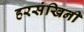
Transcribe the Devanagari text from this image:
हरसंखिनी